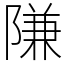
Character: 隒